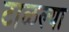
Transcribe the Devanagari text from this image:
टाळल्या